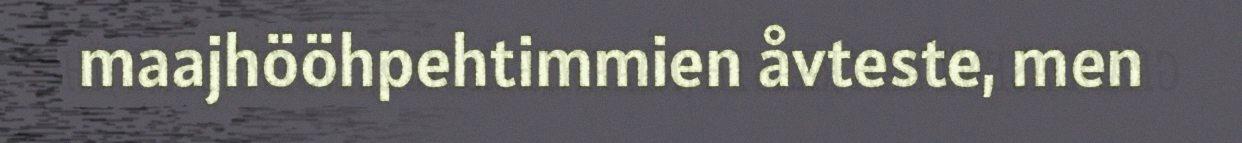
maajhööhpehtimmien åvteste, men